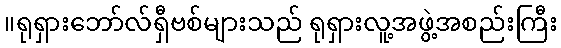
။ရုရှားဘော်လ်ရှီဗစ်များသည် ရုရှားလူ့အဖွဲ့အစည်းကြီး